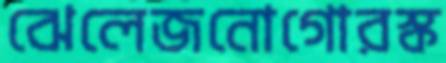
ঝেলেজনোগোরস্ক